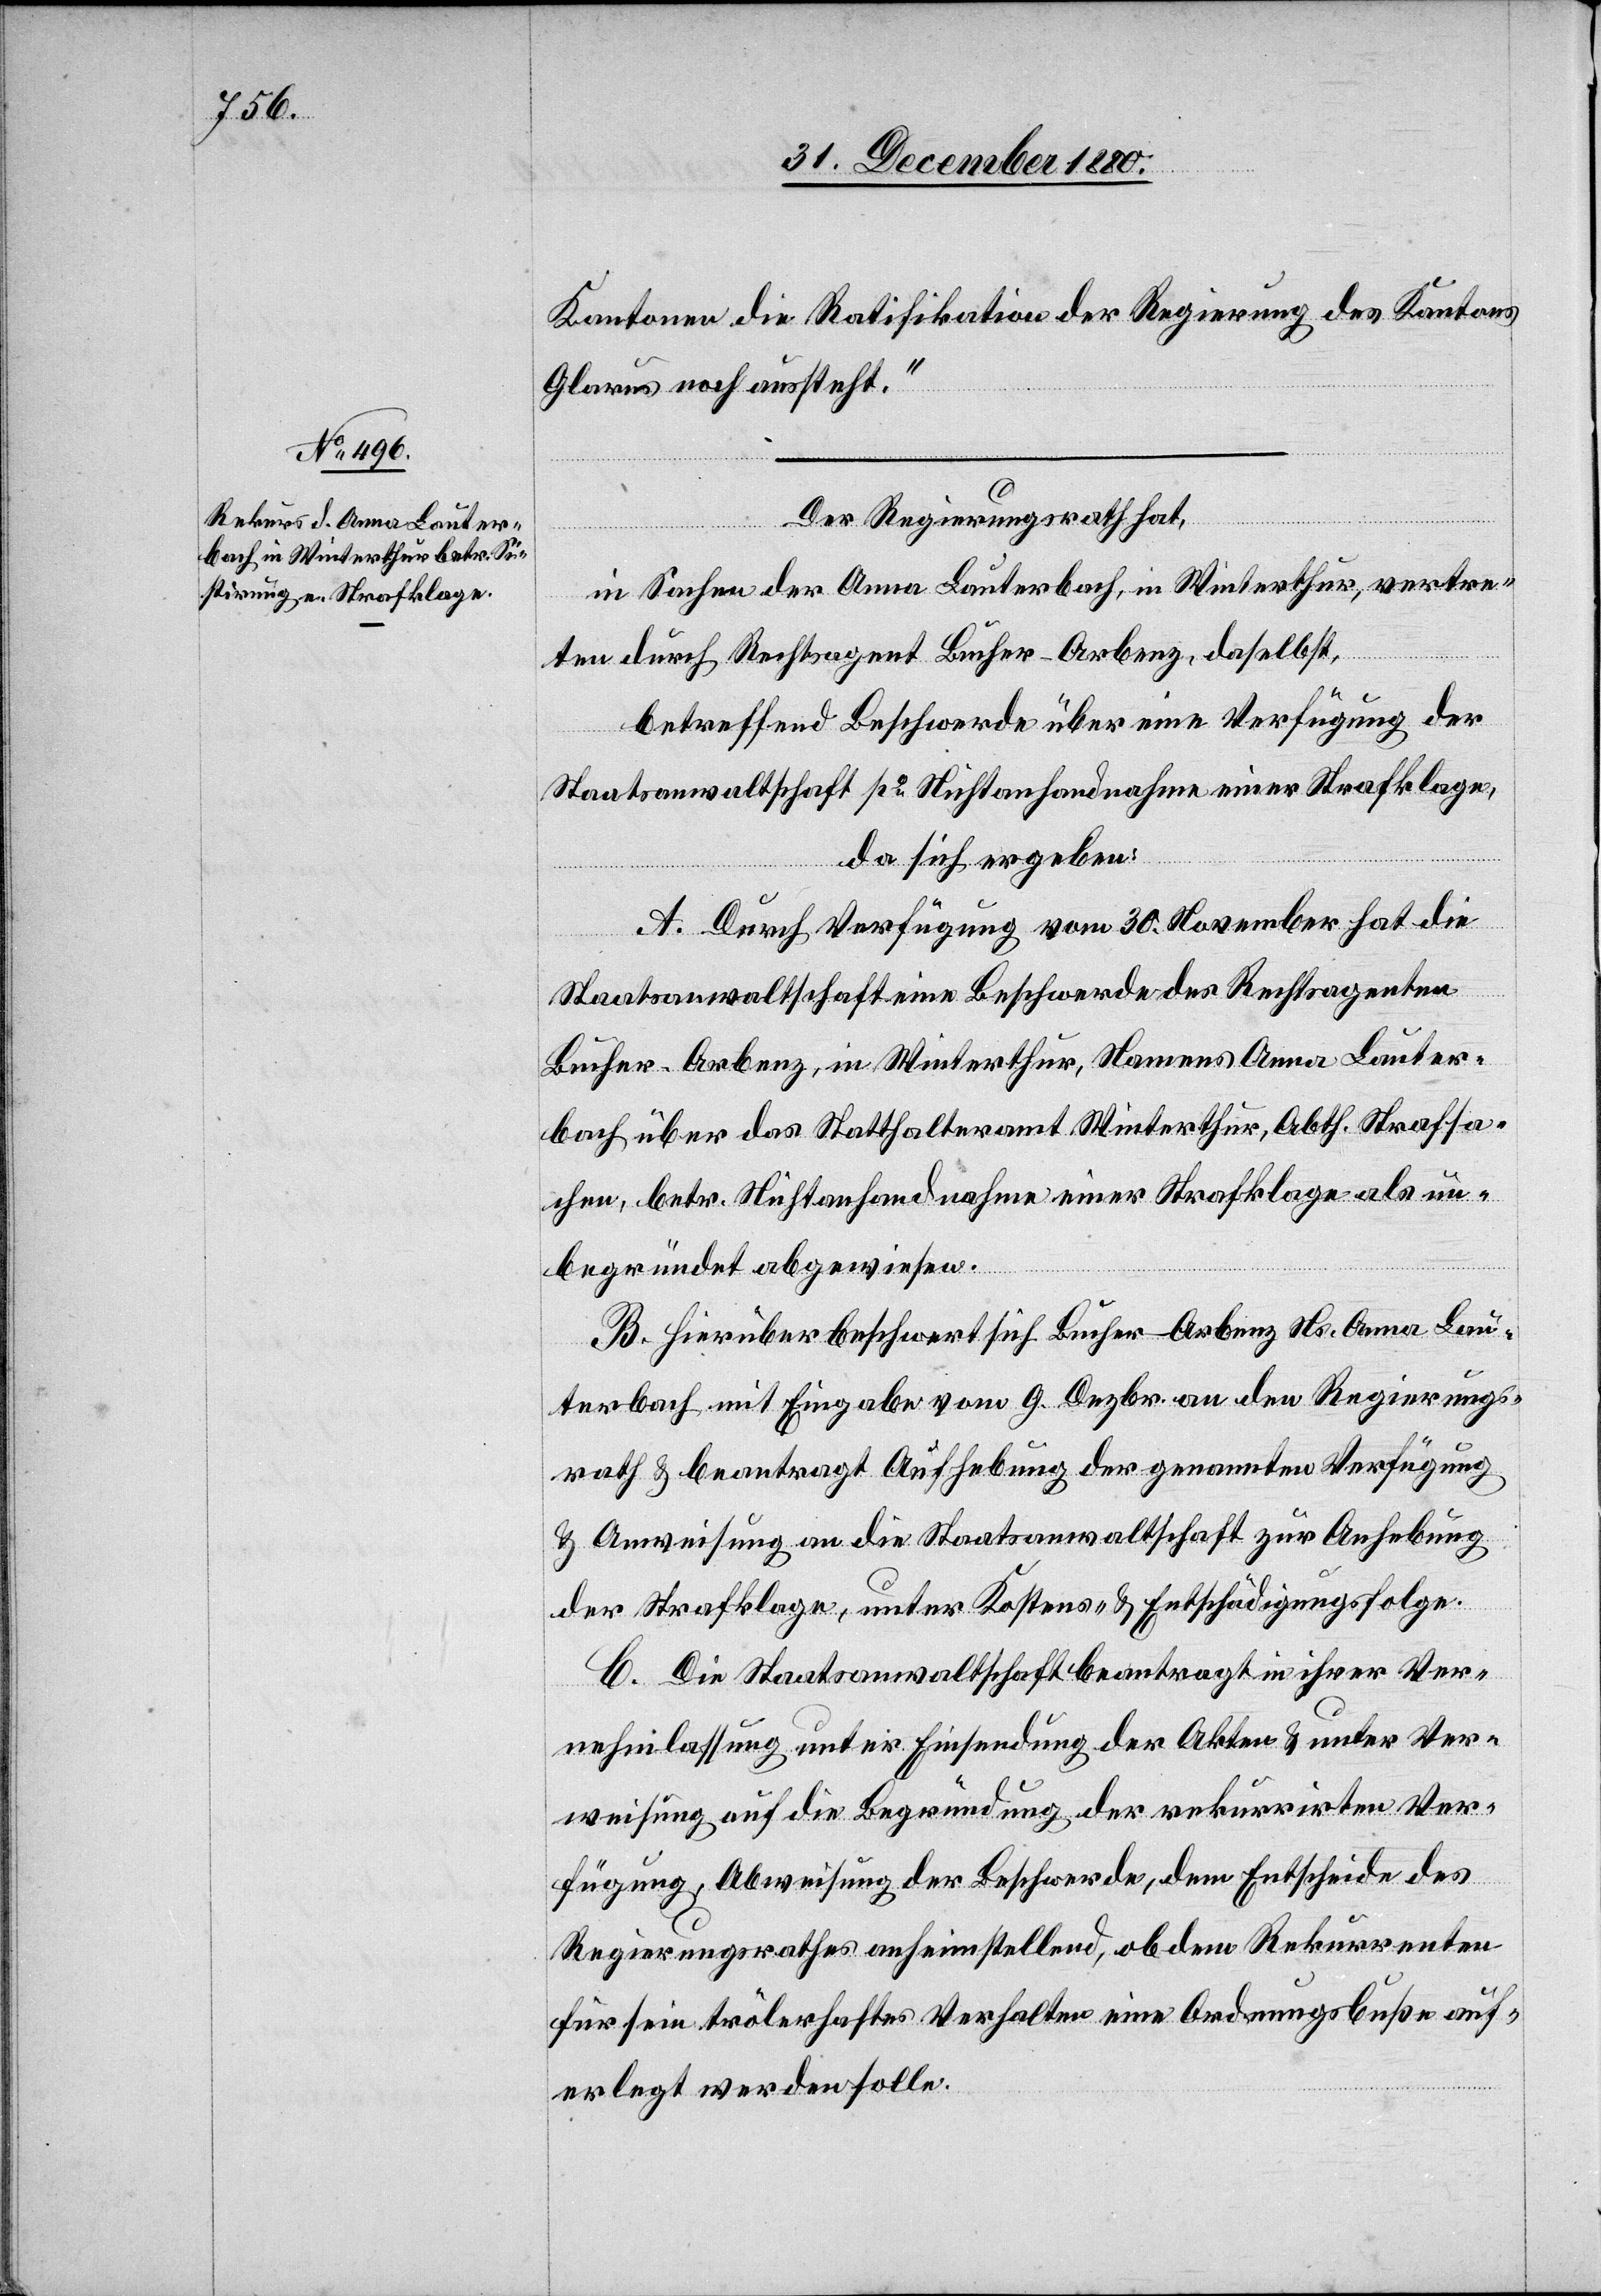
Kantone die Ratifikation der Regierung des Kantons
Glarus noch aussteht.“
Der Regierungsrath hat,
in Sachen der Anna Lauterbach, in Winterthur, vertre¬
ten durch Rechtsagent Bucher-Arberg, daselbst,
betreffend Beschwerde über eine Verfügung der
Staatsanwaltschaft po Nichtanhandnahme einer Strafklage,
da sich ergeben:
A. Durch Verfügung vom 30. November hat die
Staatsanwaltschaft eine Beschwerde des Rechtsagenten
Bucher-Arberg, in Winterthur, Namens Anna Lauter¬
bach über das Statthalteramt Winterthur, Abth. Strafsa¬
chen, betr. Nichtanhandnahme einer Strafklage als un¬
begründet abgewiesen.
B. Hierüber beschwert sich Bucher-Arberg Ns. Anna Lau¬
terbach mit Eingabe vom 9. Dezbr. an den Regierungs¬
rath & beantragt Aufhebung der genannten Verfügung
& Anweisung an die Staatsanwaltschaft zur Aufhebung
der Strafklage, unter Kostens- & Entschädigungsfolge.
C. Die Staatsanwaltschaft beantragt in ihrer Ver¬
nehmlassung unter Einsendung der Akten & unter Ver¬
weisung auf die Begründung der rekurrirten Ver¬
fügung, Abweisung der Beschwerde, dem Entscheide des
Regierungsrathes anheimstellend, ob dem Rekurrenten
für sein trölerhaftes Verhalten eine Ordnungsbuße auf¬
erlegt werden solle.